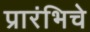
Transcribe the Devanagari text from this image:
प्रारंभिचे